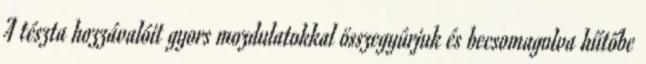
A tészta hozzávalóit gyors mozdulatokkal összegyúrjuk és becsomagolva hűtőbe